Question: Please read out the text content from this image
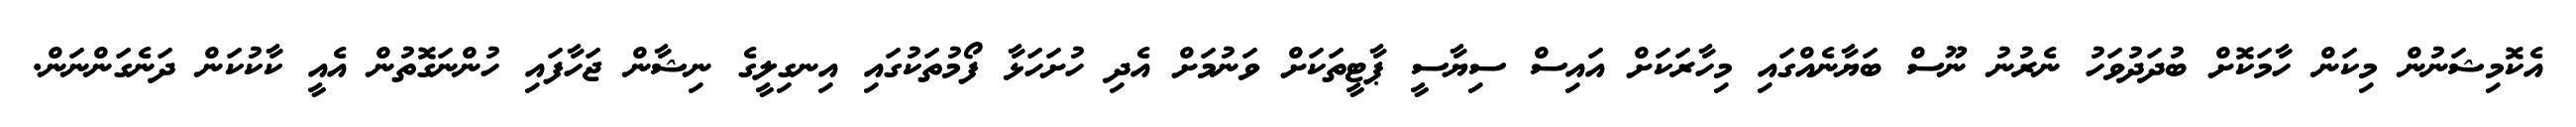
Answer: އެކޮމިޝަނުން މިކަން ހާމަކޮށް ބުދަދުވަހު ނެރުނު ނޫސް ބަޔާނެއްގައި މިހާރަކަށް އައިސް ސިޔާސީ ޕާޓީތަކަށް ވަނުމަށް އެދި ހުށަހަޅާ ފޯމުތަކުގައި އިނގިލީގެ ނިޝާން ޖަހާފައި ހުންނަގޮތުން އެއީ ކާކުކަން ދަނެގަންނަން.